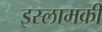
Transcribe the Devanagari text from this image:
इस्लामकी